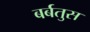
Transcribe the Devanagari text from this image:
बर्बतुस